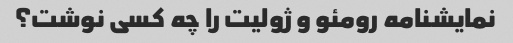
نمایشنامه رومئو و ژولیت را چه کسی نوشت؟